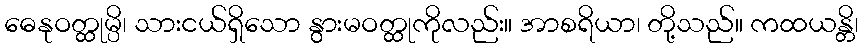
ဓေနုဝတ္ထုမ္ပိ၊ သားငယ်ရှိသော နွားမဝတ္ထုကိုလည်း။ အာစရိယာ၊ တို့သည်။ ကထယန္တိ၊